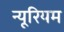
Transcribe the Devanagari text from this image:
न्यूरियम